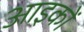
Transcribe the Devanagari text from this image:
आइकों